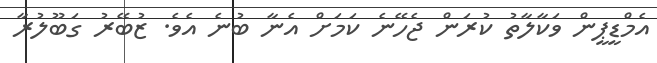
އެމްޑީޕީން ވަކާލާތު ކުރަން ޖެހޭނެ ކަމަށް އެނާ ބުނެ އެވެ. ޒުބޭރު ގަބޫލުރާ